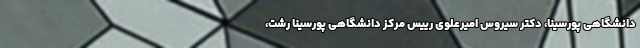
دانشگاهی پورسینا، دکتر سیروس امیرعلوی رییس مرکز دانشگاهی پورسینا رشت،